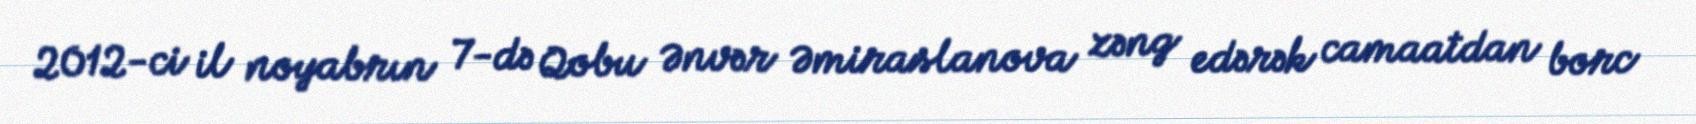
2012-ci il noyabrın 7-də Qobu Ənvər Əmiraslanova zəng edərək camaatdan borc